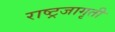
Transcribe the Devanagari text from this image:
राष्ट्रजागृती